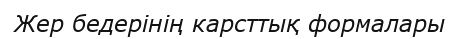
Жер бедерінің карсттық формалары